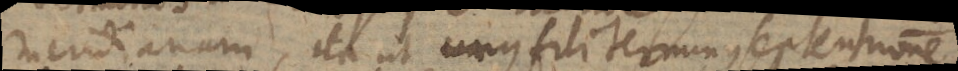
meridianam, ita ut unus fili terminus septentrionem